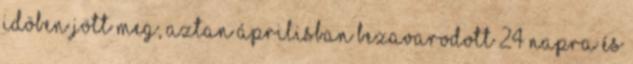
idöben jött meg, aztan áprilisban bezavarodott 24 napra és